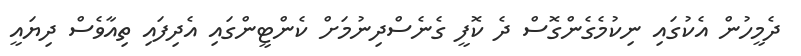
ދެމީހުން އެކުގައި ނިކުމެގެންގޮސް ދެ ކޮފީ ގެނެސްދިނުމަށް ކެންޓީންގައި އެދިފައި ތިއާވެސް ދިޔައީ